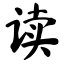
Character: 读